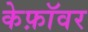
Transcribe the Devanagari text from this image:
केफ़ॉवर